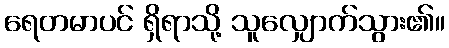
ရေတမာပင် ရှိရာသို့ သူလျှောက်သွား၏။